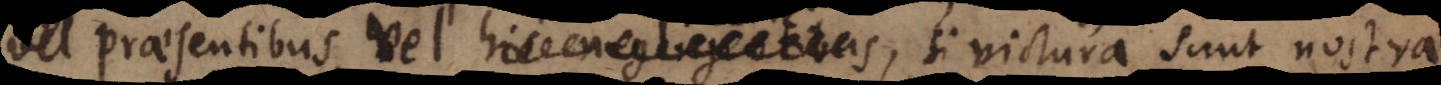
vel praesentibus vel certe, si victura sunt nostra,